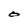
Character: O